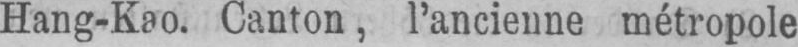
Hang-Kao. Canton, l’ancienne métropole